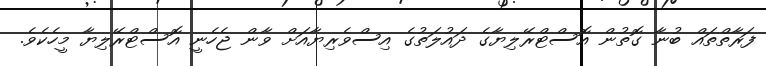
ފަރާތްތައް ބުނާ ގޮތުން އޮސްޓްރޭލިޔާގެ ދައުލަތުގެ އިސްވެރިޔާއަށް ވާން ޖެހެނީ އޮސްޓްރޭލިޔާ މީހެކެވެ.